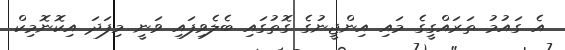
އެ ގައުމު ތަރައްގީގެ މައި އިންޖީނުގެ ގޮތުގައި ބެލެވިފައި ވަނީ މިފަދަ އިކޮނޮމިކް